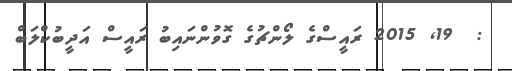
:  19